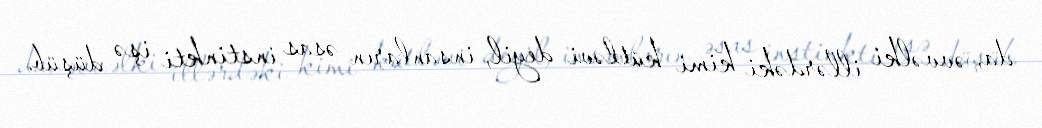
da, əvvəlki illərdəki kimi kütləvi deyil, insanların əsas instinkti işə düşüb.